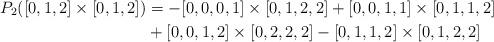
LaTeX: \begin{align*} P_2([0,1,2]\times[0,1,2]) &= -[0,0,0,1]\times[0,1,2,2] + [0,0,1,1]\times[0,1,1,2] \\ &+ [0,0,1,2]\times[0,2,2,2] - [0,1,1,2]\times[0,1,2,2] \end{align*}